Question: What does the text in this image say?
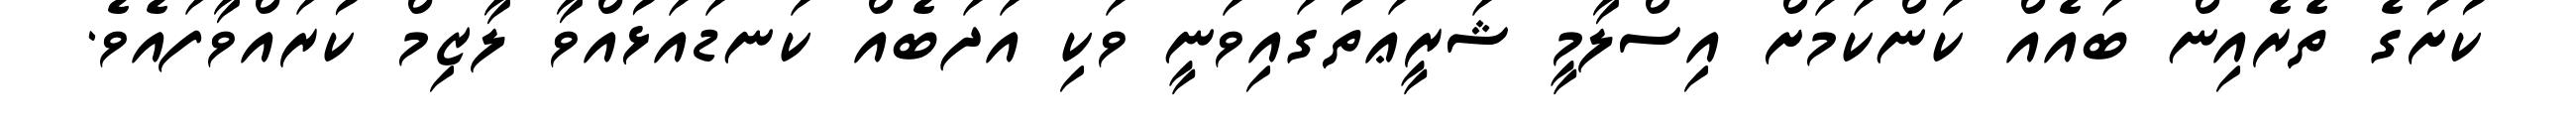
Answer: ކުށުގެ ތެރެއިން ބައެއް ކަންކަމަށް އިސްލާމީ ޝަރީޢަތުގައިވަނީ ވަކި އަދަބެއް ކަނޑައަޅުއްވާ ލާޒިމް ކުރައްވާފައެވެ.